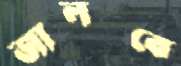
জালবে